Medical and sanitary report of the native army of Bengal for the year
Year: 1874
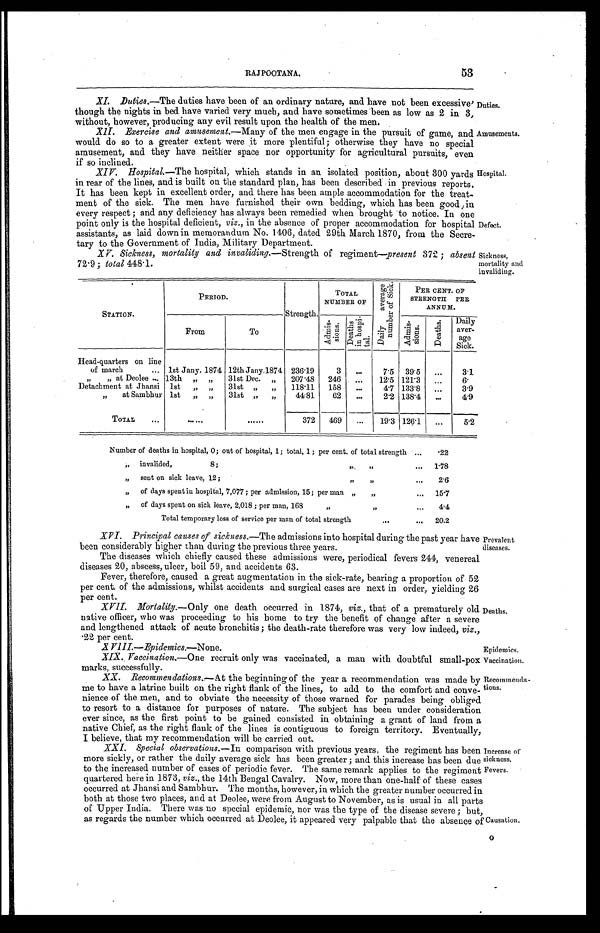
53
Duties.
Amusements.
XVIII.—Epidemics.—None.
Epidemics.
XI. Duties.—The duties have been of an ordinary nature, and have not been excessive'
though the nights in bed have varied very much, and have sometimes been as low as 2 in 3,
without, however, producing any evil result upon the health of the men.
X I I . E x e r c i s e a n d a m u s e m e n t . —M
a n y
o f t h e m e n e n g a g e i n t h e p u r s u i t o f g a m e a n d
would do so to a greater extent were it more plentiful; otherwise they have no special
amusement, and they have neither space nor opportunity for agricultural pursuits, even
if so inclined.
.
XIV. Hospital.— The hospital, which stands in an isolated position, about 300 yards
in rear of the lines, and is built on the standard plan, has been described in previous reports.
It has been kept in excellent order, and there has been ample accommodation for the treat
-ment of the sick. The men have furnished their own bedding, which has been good, in
every respect; and any deficiency has always been remedied when brought to notice. In one
point only is the hospital deficient, viz., in the absence of proper accommodation for hospital
assistants, as laid down in memorandum No. 1406, dated 29th March 1870, from the Secre
-tary to the Government of India, Military Department.
XV. Sickness, mortality and invaliding .—Strength of regiment—present 372; absent
72.9 ; total 448.1.
Hospital.
Defect.
Sickness,
mortality and
invaliding.
STATION.
PERIOD.
Strength.
TOTAL
NUMBER OF
D a i l y a v e r a g e n u m b e r o f S i c k .
PER CENT. OF
STRENGTH PER
ANNUM.
From
To
A d m i s - s i o n s . D e a t h s i n h o s p i - t a l .
A d m i s - s i o n s .
D e a t h s .
Daily
aver-
age
Sick.
Head-quarters on line
of march . . . 1st Jany. 1874 12th Jany,1874 236.19
3
. . .
7.5 39.5
. . .
3.1
" "
at Deolee . . . 13th
" "
31st Dec. "
207.48 246
. . .
12.5 121.3
. . .
6 .
Detachment at Jhansi 1st " "
31st " "
118.11 158
. . .
4.7 133.8
. . .
3.9
"
at Sambhur 1st
. . .
31st " "
44.81
62
. . .
2.2 138.4
. . .
4.9
TOTAL
. . .
. . .
. . .
372 469
. . .
19.3 126.1
. . .
5.2
Number of deaths in hospital, 0; out of hospital, 1; total, 1; per cent. of total strength . . .
.22
" i n v a l i d e d , 8 ; " " . . .
1.78
"
sent on sick leave, 12; " " . . .
2.6
"
of days spent in hospital, 7,077; per admission, 15; per man " " . . .
15.7
"
of days spent on sick leave, 2,018; per man, 168 " " . . .
4.4
Total temporary loss of service per man of total strength . . .
20.2
XVI. Principal causes of sickness.— The admissions into hospital during the past year have
been considerably higher than during the previous three years.
The diseases which chiefly caused these admissions were, periodical fevers 244, venereal
diseases 20, abscess, ulcer, boil 59, and accidents 63.
Fever, therefore, caused a great augmentation in the sick-rate, bearing a proportion of 52
per cent. of the admissions, whilst accidents and surgical cases are next in order, yielding 26
per cent.
P r e v a l e n t d i s e a s e s .
XVII. Mortality.—Only one death occurred in 1874, viz., that of a prematurely old
native officer, who was proceeding to his home to try the benefit of change after a severe
and lengthened attack of acute bronchitis; the death-rate therefore was very low indeed, viz.,
. 2 2 p e r c e n t .
Deaths.
XIX. Vaccination.—One recruit only was vaccinated, a man with doubtful small-pox
marks, successfully.
XX. Recommendations.— At the beginning of the year a recommendation was made by
me to have a latrine built on the right flank of the lines, to add to the comfort and conve-
nience of the men, and to obviate the necessity of those warned for parades being obliged
to resort to a distance for purposes of nature. The subject has been under consideration
ever since, as the first point to be gained consisted in obtaining a grant of land from a
native Chief, as the right flank of the lines is contiguous to foreign territory. Eventually,
I believe, that my recommendation will be carried out.
Vaccination.
Recommenda
-tions.
XXI. Special observations.— In comparison with previous years, the regiment has been
more sickly, or rather the daily average sick has been greater; and this increase has been due
to the increased number of cases of periodic fever. The same remark applies to the regiment
quartered here in 1873, viz., the 14th Bengal Cavalry. Now, more than one-half of these cases
occurred at Jhansi and Sambhur. The months, however, in which the greater number occurred in
both at those two places, and at Deolee, were from August to November, as is usual in all parts
of Upper India. There was no special epidemic, nor was the type of the disease severe ; but,
as regards the number which occurred at Deolee, it appeared very palpable that the absence of
Increase of
sickness.
Fevers.
Causation.
O